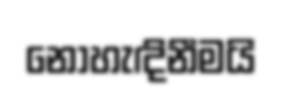
නොහැඳිනීමයි